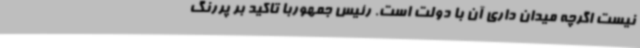
نیست اگرچه میدان داری آن با دولت است. رئیس جمهوربا تاکید بر پررنگ